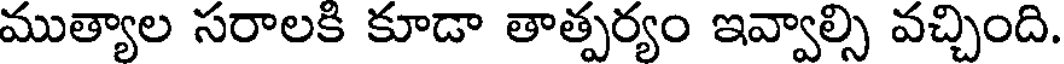
ముత్యాల సరాలకి కూడా తాత్పర్యం ఇవ్వాల్సి వచ్చింది.